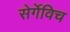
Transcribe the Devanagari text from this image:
सेर्गेविच